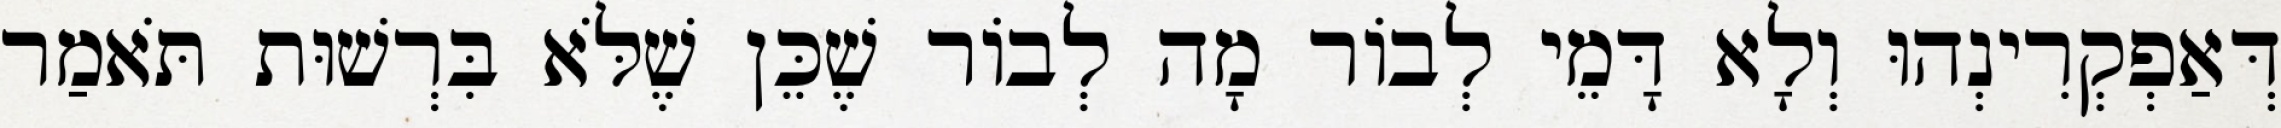
דְּאַפְקְרִינְהוּ וְלָא דָּמֵי לְבוֹר מָה לְבוֹר שֶׁכֵּן שֶׁלֹּא בִּרְשׁוּת תֹּאמַר